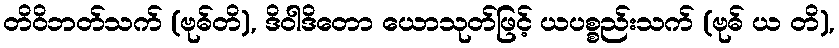
တိဝိဘတ်သက် (ဗုဓ်တိ), ဒိဝါဒိတော ယောသုတ်ဖြင့် ယပစ္စည်းသက် (ဗုဓ် ယ တိ),